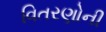
વિતરણોની